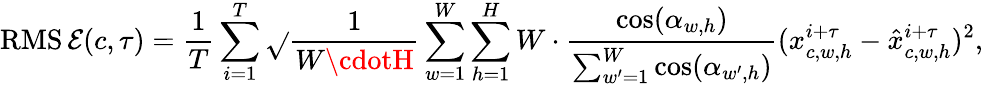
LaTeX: \operatorname{RMS\mathcal{E}}(c,\tau)=\frac{{1}}{{T}}\sum_{i=1}^{T}\sqrt{}{{\frac{{1}}{{W\cdotH}}\sum_{w=1}^{W}\sum_{h=1}^{H}W\cdot\frac{{\cos(\alpha_{w,h})}}{{\sum_{w^{\prime}=1}^{W}\cos(\alpha_{w^{\prime},h})}}(x_{c,w,h}^{i+\tau}-\hat{{x}}_{c,w,h}^{i+\tau})^{2}}},